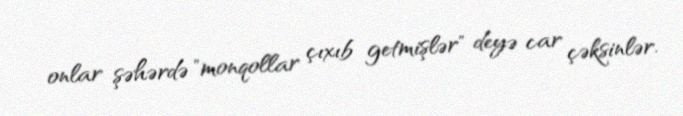
onlar şəhərdə "monqollar çıxıb getmişlər" deyə car çəksinlər.